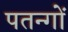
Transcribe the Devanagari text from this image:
पतन्‍गों